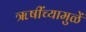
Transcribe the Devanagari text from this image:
ॠषींच्यामुळें